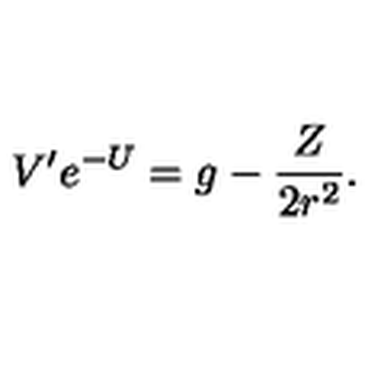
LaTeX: V ^ { \prime } e ^ { - U } = g - \frac { Z } { 2 r ^ { 2 } } .